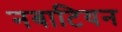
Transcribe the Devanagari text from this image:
नबाटियन